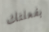
بفعلتك